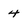
Character: 4